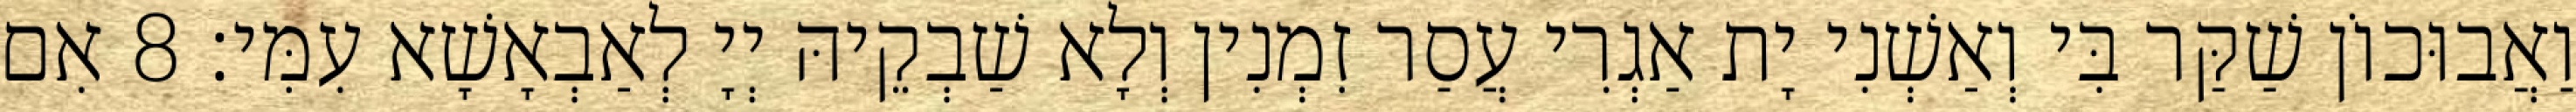
וַאֲבוּכוֹן שַׁקַּר בִּי וְאַשְׁנִי יָת אַגְרִי עֲסַר זִמְנִין וְלָא שַׁבְקֵיהּ יְיָ לְאַבְאָשָׁא עִמִּי׃ 8 אִם